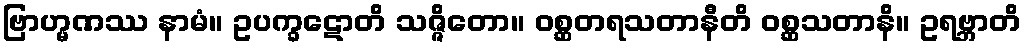
ဗြာဟ္မဏဿ နာမံ။ ဥပက္ခဋောတိ သဇ္ဇိတော။ ဝစ္ဆတရသတာနီတိ ဝစ္ဆသတာနိ။ ဥရဗ္ဘာတိ